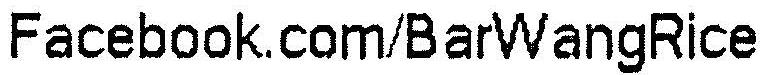
FACEBOOK.COM/BARWANGRICE